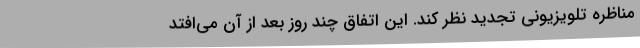
مناظره تلویزیونی تجدید نظر کند. این اتفاق چند روز بعد از آن می‌افتد